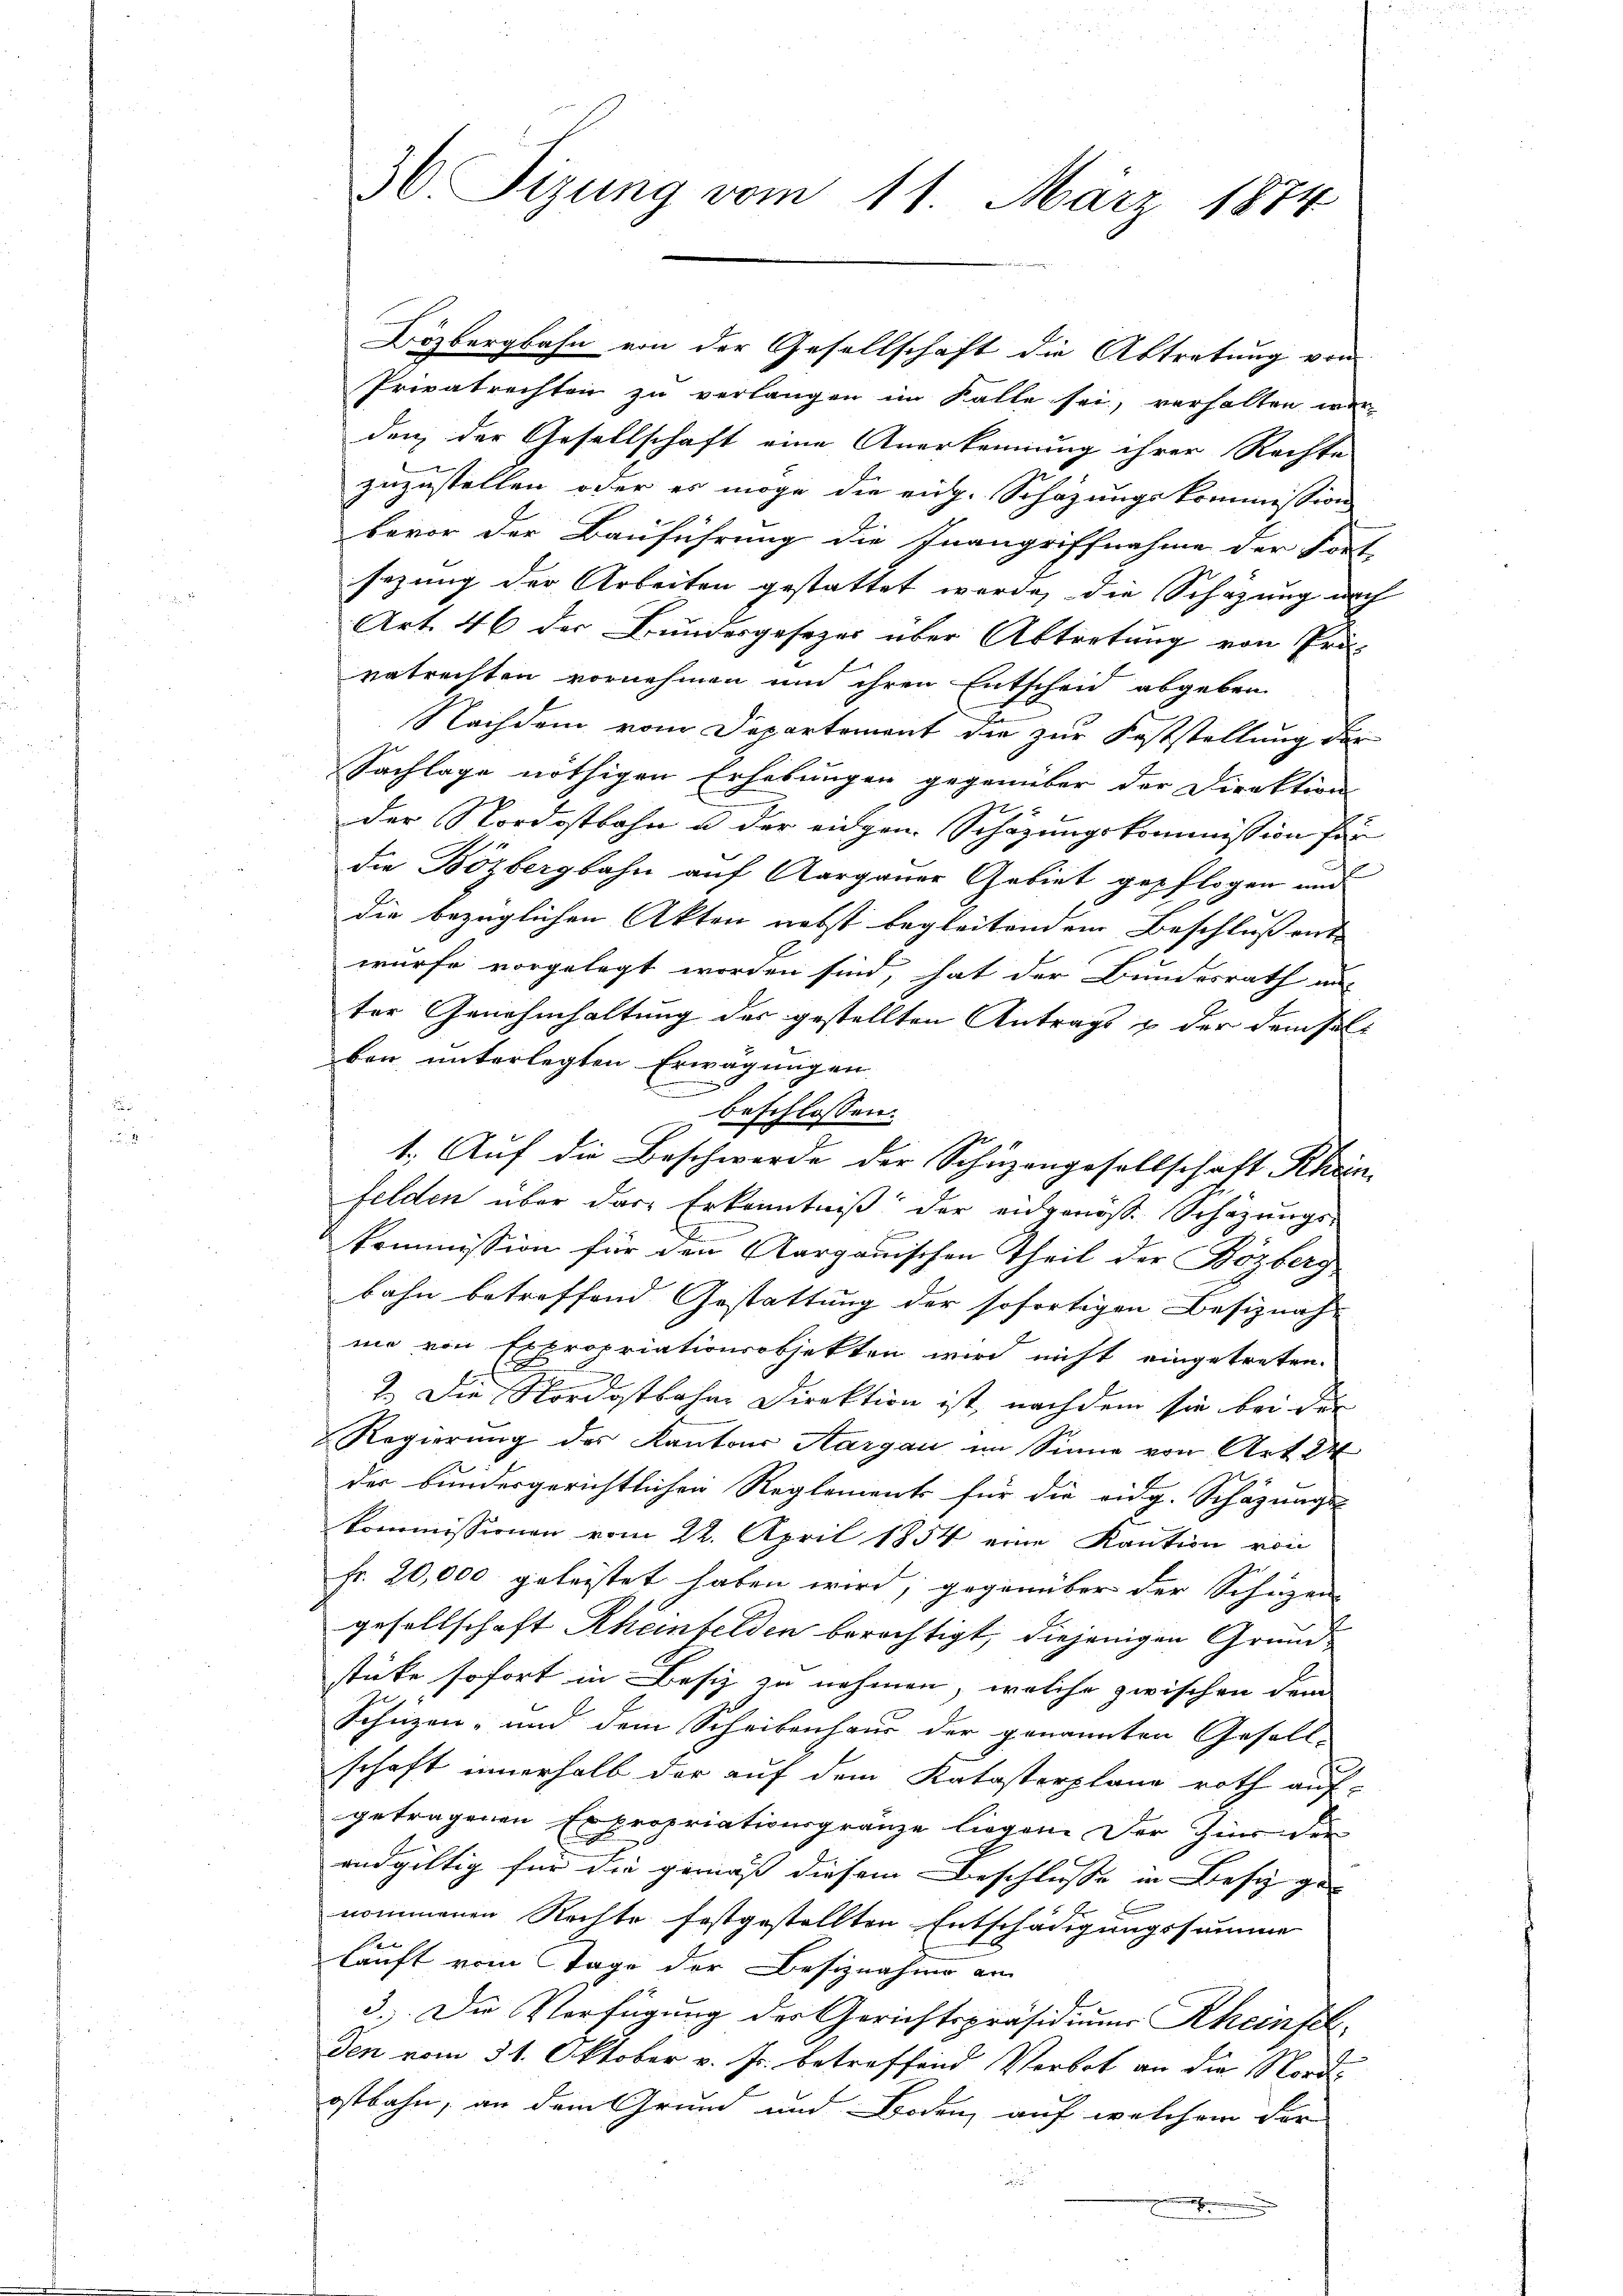
Privatrechten zu verlangen im Falle sei, verhalten wer-
den, der Gesellschaft eine Anerkennung ihrer Rechte
zuzustellen, oder es möge die eige Schazungskommission
bevor der Bauführung die Inangriffnahme der Fort-
sezung der Arbeiten gestattet wurde, die Schazung nach
Art. 46 der Bundesgesezes über Abtretung von Prä-
vetrachten vornehmen und ihren Entscheid abgeben
Nachdem vom Departement die zur Feststellung der
Sachlage nöthigen Erhebungen gegenüber der Direktion
der Nordostbahn u der eidgen. Schazungskommission für
die Bözbergbahn auf Aargauer Gebiet gepflogen und
die bezüglichen Akten nebst begleitendem Beschluß ent-
würfe vorgelegt worden sind, hat der Bundesrath an
ter Genehmhaltung der gestellten Antrags u der demselben unterlegten Erwägungen.

beschlossen:
1. Auf die Beschwerde der Schüzengesellschaft Rhein
felden über das Erkenntniß der eidgenöss. Schazungs-
kommission für den Aargauischen Theil der Bözberg
bahn betreffend Gestattung der sofortigen Besiznah-
me von Expropriationsobjekten wird nicht eingetreten.
s
n
2.) Die Nordostbahne Direktion ist, nachdem sie bei der
Regierung des Kantons Aargau im Sinne von Art. 24
der bindergerichtlichen Reglements für die eidg. Schäzungs-
kommissionen vom 22. April 1854 eine Kaution von
Fr. 20,000 geleistet haben wird, gegenüber der Schizen
gesellschaft Rheinfelden berechtigt, diejenigen Grundstüke sofort in Besiz zu nehmen, welche zwischen dem
Schüzen- und dem Scheibenhaus der genannten Gesell-
schaft innerhalb der auf dem Katasterplane roth auf-
getragenen Expropriationsgränze liegen. Der Zins der
andgültig für die gemäß diesem Beschlusse in Besiz ge-
nommenen Rechte festgestellten Entschädigungssumme
kauft vom Tage der Besiznahme am
3. Die Verfügung der Gerichtspräsidiums Rheinsch-
Den vom 31. Oktober v. Js. betreffend Verbot an die Nordostbahn, an dem Grund und Boden, auf welchem der
.

36. izung vom 11. März 1874

Bözbergbahn von der Gesellschaft die Abtretung von